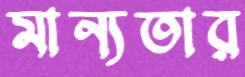
মান্যতার